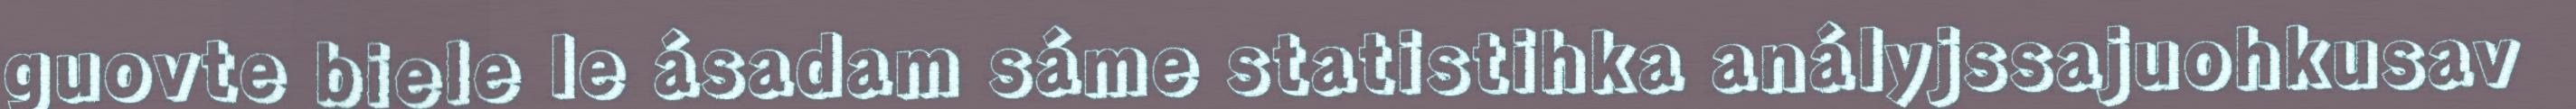
guovte biele le ásadam sáme statistihka anályjssajuohkusav